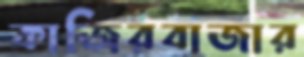
কাজিরবাজার